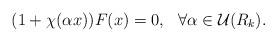
LaTeX: \begin{align*}(1+\chi(\alpha x))F(x) = 0, \:\:\: \forall \alpha \in \mathcal{U}(R_k).\end{align*}